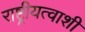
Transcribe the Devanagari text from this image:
राष्ट्रीयत्वाशी